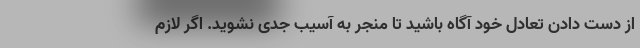
از دست دادن تعادل خود آگاه باشید تا منجر به آسیب جدی نشوید. اگر لازم